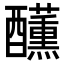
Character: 𮡍